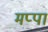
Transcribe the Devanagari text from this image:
मप्पा